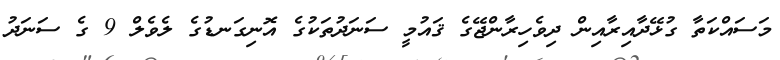
މަސައްކަތާ ގުޅޭދާއިރާއިން ދިވެހިރާންޖޭގެ ޤައުމީ ސަނަދުތަކުގެ އޮނިގަނޑުގެ ލެވެލް 9 ގެ ސަނަދު